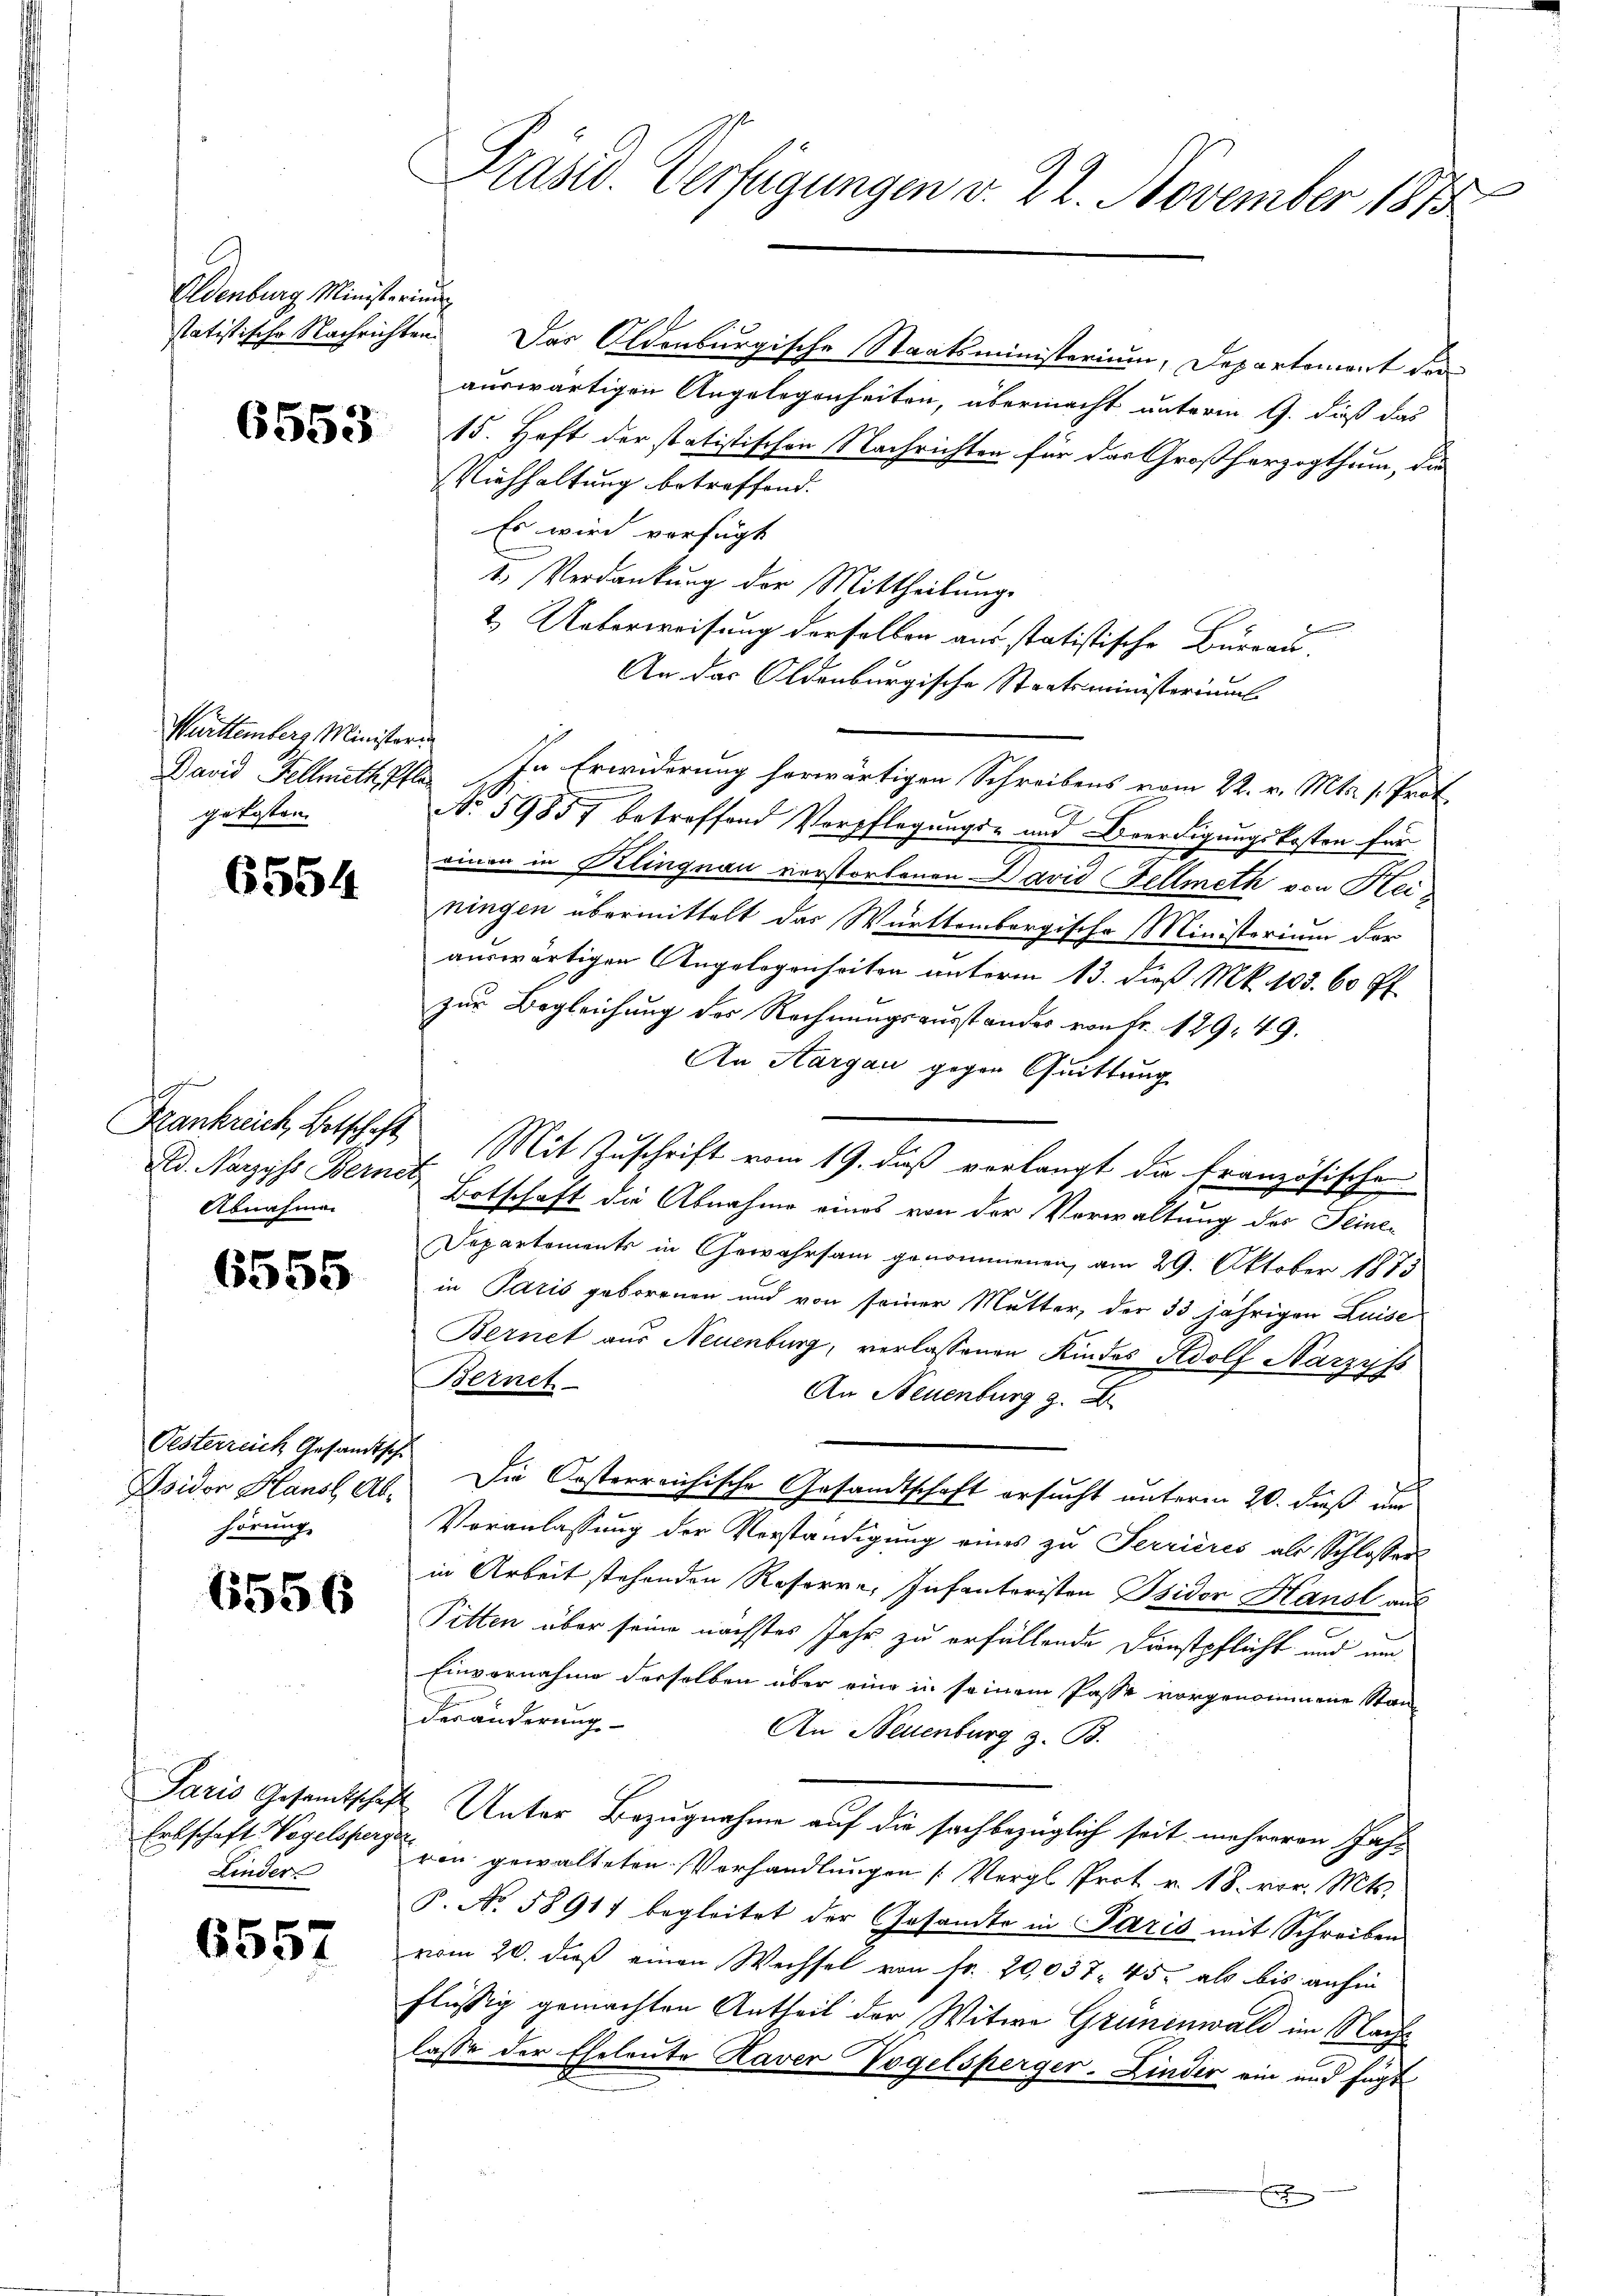
Eldenburg Ministerium

6553

Württemberg Ministerin
gekosten

6554

Red. Narzyss Bernet
Abnahmen

6555

Pesterreich Gesandtsche
Isidor Hansl, Abhörung.

6556

Paris Gesamtschaf
Erbschaft Vogelsperg.
Kinder

6557

I
Präsid. Verfügungen v. 22. November 1873

statistische Nachrichten. Das Oldenburgische Staatsministerium, Departement der
auswärtigen Angelegenheiten, übermacht unterm 9. dieß das
15. Heft der statistischen Nachrichten für das Großherzogthum, die
Viehhaltung betreffend.
Es wird verfügt
1. Verdankung der Mittheilung
2. Ueberweisung derselben aus statistische Burgau,
An das Oldenburgische Staatsministeriums
David Fellmethfl. In Erwiderung herwärtigen Schreibens vom 22. v. Mts. 1. Prot
No 59857 betreffend Verpflegungs- und Beerdigungskosten für
einen in Klingnau verstorbenen David Fellmeth von Heiningen übermittelt das Württembergische Ministerium der
auswärtigen Angelegenheiten unterm 13. dieß Mk. 103. 60 ff.
zur Begleichung des Rechnungsausstandes von Fr. 129. 49.
An Aargau gegen Quittung
Frankreich Betschaft Mit Zuschrift vom 19. dieß verlangt die französische
Botschaft die Abnahme eines von der Vorwaltung der Seiner
Departements in Gewahrsam genommenen, am 29. Oktober 1873
in Paris geborenen und von seiner Mutter, der 33 jährigen Luise
Bernet aus Neuenburg, verlassenen Kindes Adolf Narzyss
Berneh
An Neuenburg z. B
Die Kosterreichische Gesandtschaft ersucht unterm 20. dieß um
Veranlassung der Vorständigung eines zu Serriires als Schlosser
in Arbeit stehenden Roserre, Infanteristen Isidor Hansl aus
Pitten über seine nächstes Jahr zu erfällende Dienstpflicht und um
Einvernahme derselben über eine in seinem Pässe vorgenommene Stan¬
Veränderung
An Neuenburg z. B.
& Unter Bezugnahme auf die sachbezüglich seit mehreren Jahr
s
von gewalteten Vorhandlungen (Vergl. Prot. v. 18. vor. Mts.
P. No. 58911 begleitet der Gesandte in Paris mit Schreiben
vom 20. dieß einen Wechsel von Fr. 20,037, 45, als bis anhin
flüssig gemachten Antheil der Witwe Grünenwald im Nachlasse der Eheleute Kaver Vogelsperger-Linder ein und fügt
x